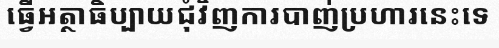
ធ្វើអត្ថាធិប្បាយជុំវិញការបាញ់ប្រហារនេះទេ